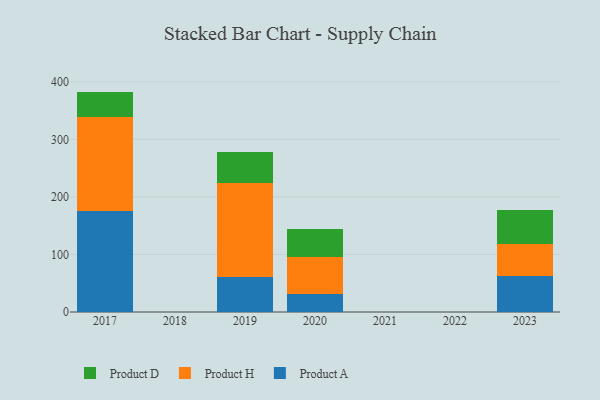
{"axis": {"x": "Year", "y": "Waste Production (Tons)"}, "legend": ["Product A", "Product D", "Product H"], "data": [{"x": "2023", "y": 63.0, "type": "Product A"}, {"x": "2023", "y": 54.8, "type": "Product H"}, {"x": "2023", "y": 59.0, "type": "Product D"}, {"x": "2019", "y": 60.1, "type": "Product A"}, {"x": "2019", "y": 163.3, "type": "Product H"}, {"x": "2019", "y": 54.6, "type": "Product D"}, {"x": "2020", "y": 31.3, "type": "Product A"}, {"x": "2020", "y": 65.0, "type": "Product H"}, {"x": "2020", "y": 48.7, "type": "Product D"}, {"x": "2017", "y": 175.4, "type": "Product A"}, {"x": "2017", "y": 163.6, "type": "Product H"}, {"x": "2017", "y": 44.0, "type": "Product D"}]}